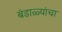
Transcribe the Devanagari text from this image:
बंडाळ्यांचा